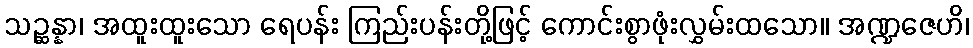
သဉ္ဆန္နာ၊ အထူးထူးသော ရေပန်း ကြည်းပန်းတို့ဖြင့် ကောင်းစွာဖုံးလွှမ်းထသော။ အဏ္ဍဇေဟိ၊